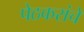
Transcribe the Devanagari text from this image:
पेठकरांचे